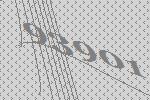
93901